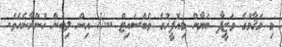
މި މަޤާމުގެ ވަޒީފާ ބަޔާން މިއޮފީހުގެ ވެބްސައިޓް ...// އިން ލިބެން ހުންނާނެއެވެ.